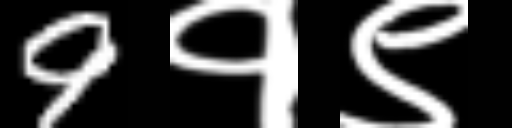
Text: 9१९